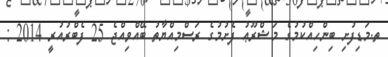
ތ.މަޑިފުށި ބިންހިއްކުމުގެ މަޝްރޫޢު ފެށުމުގެ ރަސްމިއްޔާތު ބޭއްވިއްޖެ 25 ފެބްރުއުރީ 2014 :